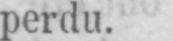
perdu.